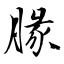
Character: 腞